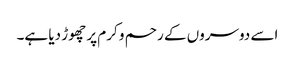
اسے دوسروں کے رحم و کرم پر چھوڑ دیا ہے۔